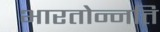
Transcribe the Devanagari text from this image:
भारतोन्नति